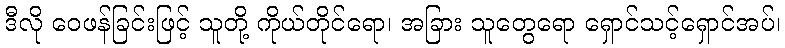
ဒီလို ဝေဖန်ခြင်းဖြင့် သူတို့ ကိုယ်တိုင်ရော၊ အခြား သူတွေရော ရှောင်သင့်ရှောင်အပ်၊